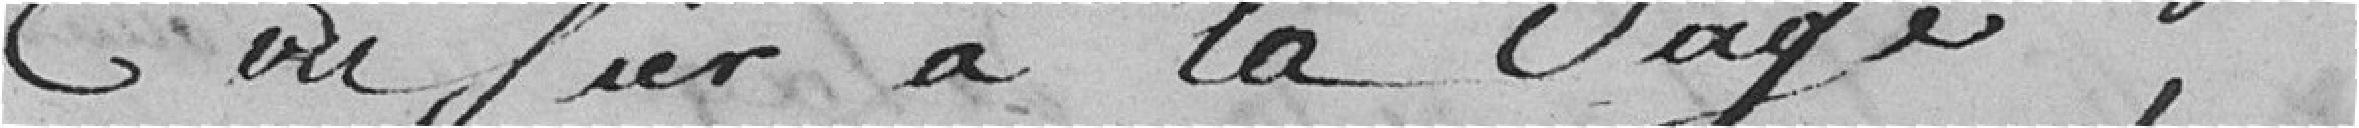
confier à la sage